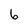
Character: 6